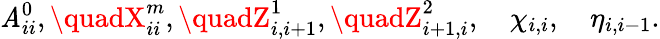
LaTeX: \mathit{A}_{ii}^{0},\quadX_{ii}^{m},\quadZ_{i,i+1}^{1},\quadZ_{i+1,i}^{2},\quad\chi_{i,i},\quad\eta_{i,i-1}.